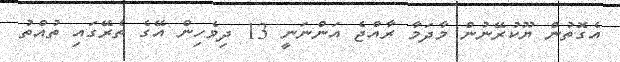
އެގޮތުން ޔޫކުރޭނުން މާދަމާ ރާއްޖެ އަންނަނީ 13 ދިވެހިން އޭގެ ތެރޭގައި ތުއްތު